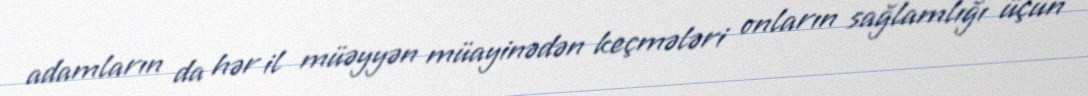
adamların da hər il müəyyən müayinədən keçmələri onların sağlamlığı üçün